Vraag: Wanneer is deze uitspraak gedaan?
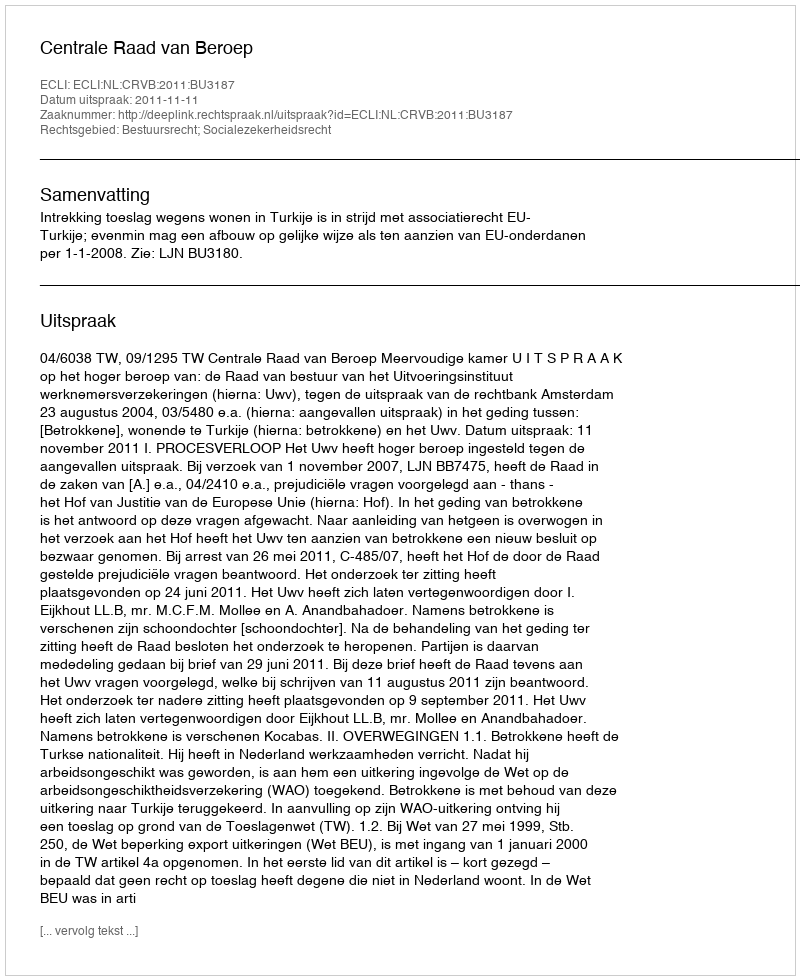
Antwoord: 2011-11-11